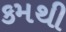
કમથી